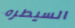
السيطره